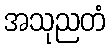
အသုညတံ